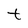
Character: t